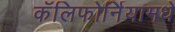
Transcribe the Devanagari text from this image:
कॅलिफोर्नियामधे